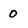
Character: 0